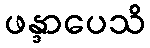
ဖန္ဒာပေသိ